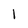
Character: I